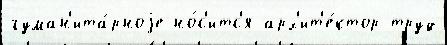
гуман'ита́рноjе но́с'итс'я арх'ит'е́ктор труд